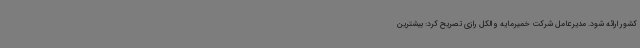
کشور ارائه شود. مدیرعامل شرکت خمیرمایه و الکل رازی تصریح کرد: بیشترین